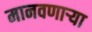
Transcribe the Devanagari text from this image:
मानवणाऱ्या